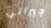
جيراني